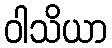
ဝါသိယာ